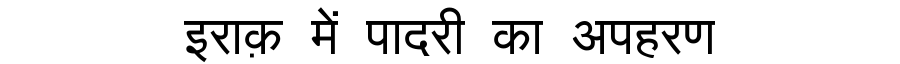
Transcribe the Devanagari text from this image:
इराक़ में पादरी का अपहरण